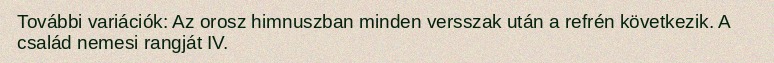
További variációk: Az orosz himnuszban minden versszak után a refrén következik. A család nemesi rangját IV.